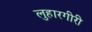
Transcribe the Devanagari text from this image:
लुहारगीरी